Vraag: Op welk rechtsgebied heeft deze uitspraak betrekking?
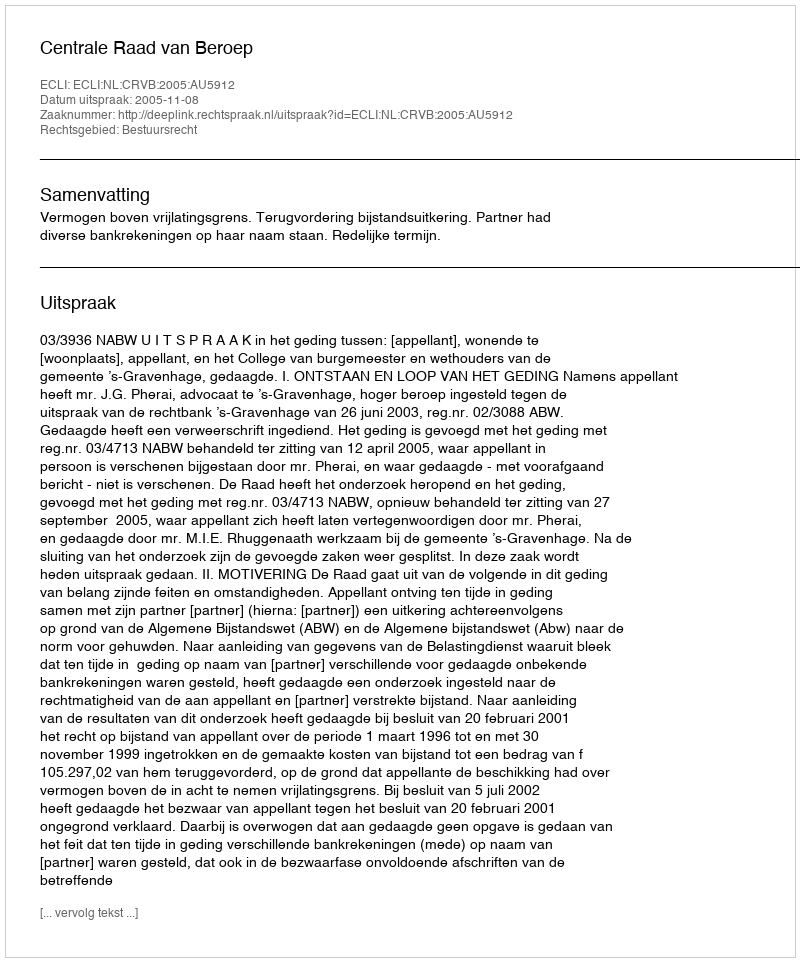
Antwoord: Bestuursrecht